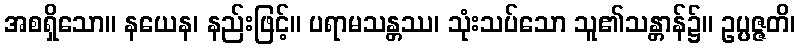
အစရှိသော။ နယေန၊ နည်းဖြင့်။ ပရာမသန္တဿ၊ သုံးသပ်သော သူ၏သန္တာန်၌။ ဥပ္ပဇ္ဇတိ၊